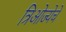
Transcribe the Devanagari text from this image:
त्रिओज्येचे